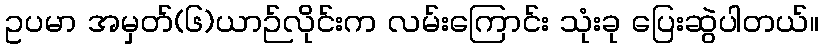
ဥပမာ အမှတ်(၆)ယာဉ်လိုင်းက လမ်းကြောင်း သုံးခု ပြေးဆွဲပါတယ်။